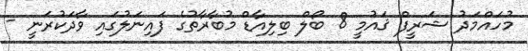
މުހައްމަދު ޝަރީފް ޤައުމީ 8 ބޯލް ބިލިއާޑް މުބާރާތުގެ ފައިނަލުގައި ވާދަކުރަނީ -